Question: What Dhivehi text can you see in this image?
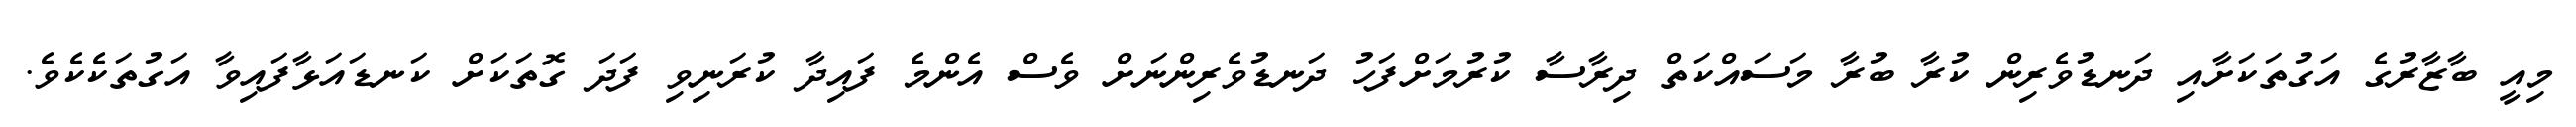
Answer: މިއީ ބާޒާރުގެ އަގުތަކަށާއި ދަނޑުވެރިން ކުރާ ބުރާ މަސައްކަތް ދިރާސާ ކުރުމަށްފަހު ދަނޑުވެރިންނަށް ވެސް އެންމެ ފައިދާ ކުރަނިވި ފަދަ ގޮތަކަށް ކަނޑައަޅާފައިވާ އަގުތަކެކެވެ.